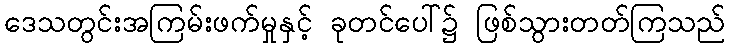
ဒေသတွင်းအကြမ်းဖက်မှုနှင့် ခုတင်ပေါ်၌ ဖြစ်သွားတတ်ကြသည်